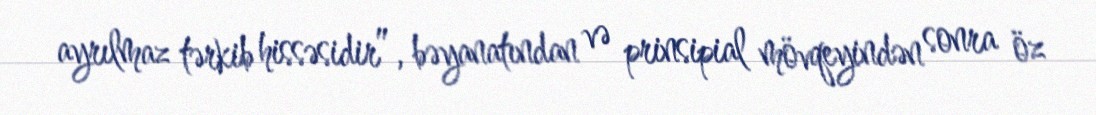
ayrılmaz tərkib hissəsidir”, bəyanatından və prinsipial mövqeyindən sonra öz